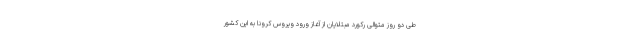
طی دو روز متوالی رکورد مبتلایان از آغاز ورود ویروس کرونا به این کشور